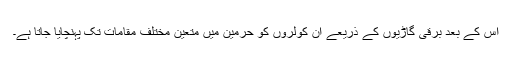
اس کے بعد برقی گاڑیوں کے ذریعے ان کولروں کو حرمین میں متعین مختلف مقامات تک پہنچایا جاتا ہے۔